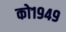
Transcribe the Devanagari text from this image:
को१९४९